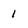
Character: 1